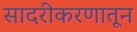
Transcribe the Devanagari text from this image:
सादरीकरणातून